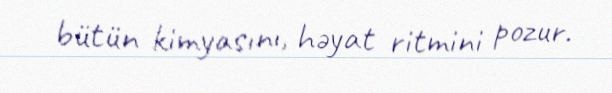
bütün kimyasını, həyat ritmini pozur.